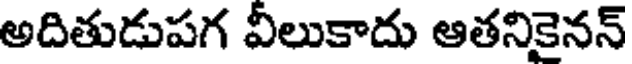
అదితుడుపగ వీలుకాదు ఆతనికైనన్